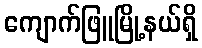
ကျောက်ဖြူမြို့နယ်ရှိ